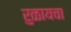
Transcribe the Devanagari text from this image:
रुळायचा